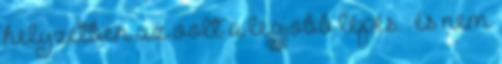
helyzetben az volt a legjobb lépés. : és nem